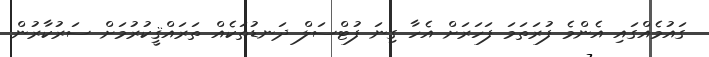
ގައުމެއްގައި އެންމެ ފުރަތަމަ ފަހަރަށް އެހާ ގިނަ ފުޓްސަލް ދަނޑުތަކެއް ތަރައްޤީކުރުމަށް ސަރުކާރުން